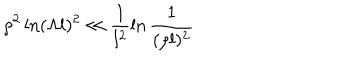
\rho ^ { 2 } \ln ( \Lambda l ) ^ { 2 } \ll \frac { 1 } { l ^ { 2 } } \ln \frac { 1 } { ( \rho l ) ^ { 2 } }